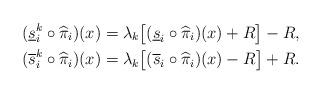
LaTeX: \begin{align*}(\underline{s}_i^k \circ \widehat{\pi}_i)(x) &= \lambda_k \bigl[ (\underline{s}_i \circ \widehat{\pi}_i)(x) + R \bigr] - R, \\(\overline{s}_i^k \circ \widehat{\pi}_i)(x) &= \lambda_k \bigl[ (\overline{s}_i \circ \widehat{\pi}_i)(x) - R \bigr] + R.\end{align*}